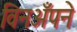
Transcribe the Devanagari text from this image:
विनअँपने